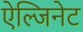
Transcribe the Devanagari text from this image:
ऐल्जिनेट